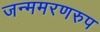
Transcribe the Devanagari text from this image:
जन्ममरणरुप